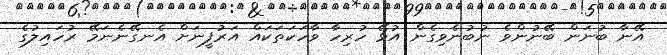
އޭނާ ބުނަން ބޭނުންވެ ނުބުނެވިގެން އުޅޭ ހުރިހާ ވާހަކަތަކައް އަރުފީނަށް އެނގޭނެނަމޭ ރުހައިލުގެ